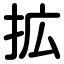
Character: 拡